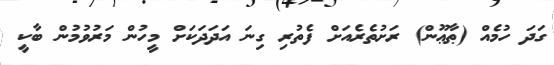
ގަދަ ހުމެއް (ޠާޢޫން) ރަށުތެރެއަށް ފެތުރި ގިނަ އަދަދަކަށް މީހުން މަރުވުމުން ބާކީ